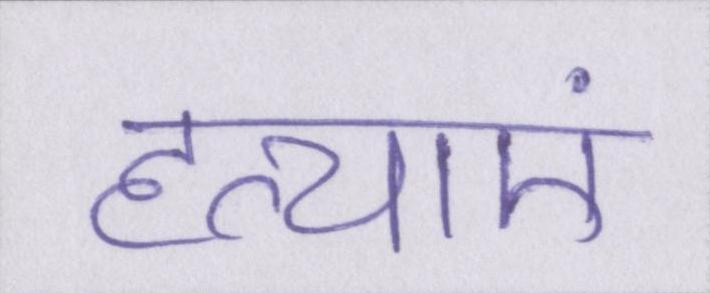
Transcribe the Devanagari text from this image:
हत्याएं